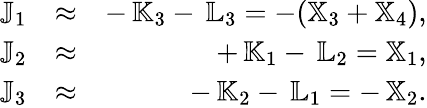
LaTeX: \begin{array}{rlr}{{\mathbb J}_{1}}&{\approx}&{-\, {\mathbb K}_{3}-\, {\mathbb L}_{3}=-({\mathbb X}_{3}+{\mathbb X}_{4}),}\\ {{\mathbb J}_{2}}&{\approx}&{+\, {\mathbb K}_{1}-\, {\mathbb L}_{2}={\mathbb X}_{1},}\\ {{\mathbb J}_{3}}&{\approx}&{-\, {\mathbb K}_{2}-\, {\mathbb L}_{1}=-\, {\mathbb X}_{2}.}\end{array}